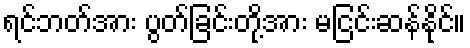
ရင်ဘတ်အား ပွတ်ခြင်းတို့အား မငြင်းဆန်နိုင်။